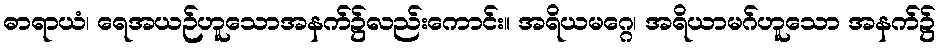
ဓာရာယံ၊ ရေအယဉ်ဟူသောအနက်၌လည်းကောင်း။ အရိယမဂ္ဂေ၊ အရိယာမဂ်ဟူသော အနက်၌